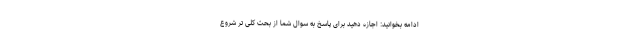
ادامه بخوانید: اجازه دهید برای پاسخ به سوال شما از بحث کلی تر شروع